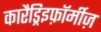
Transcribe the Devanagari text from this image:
कारैड्रिइफ़ॉर्मीज़